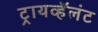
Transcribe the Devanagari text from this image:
ट्रायव्हॅलंट